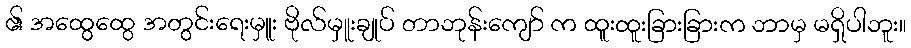
၏ အထွေထွေ အတွင်းရေးမှူး ဗိုလ်မှူးချုပ် တာဘုန်းကျော် က ထူးထူးခြားခြားက ဘာမှ မရှိပါဘူး။